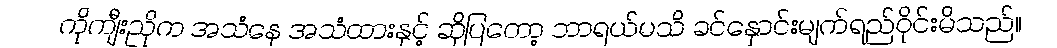
ကိုကျီးညိုက အသံနေ အသံထားနှင့် ဆိုပြတော့ ဘာရယ်မသိ ခင်နှောင်းမျက်ရည်ဝိုင်းမိသည်။